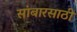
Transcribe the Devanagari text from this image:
सांबारसाठी